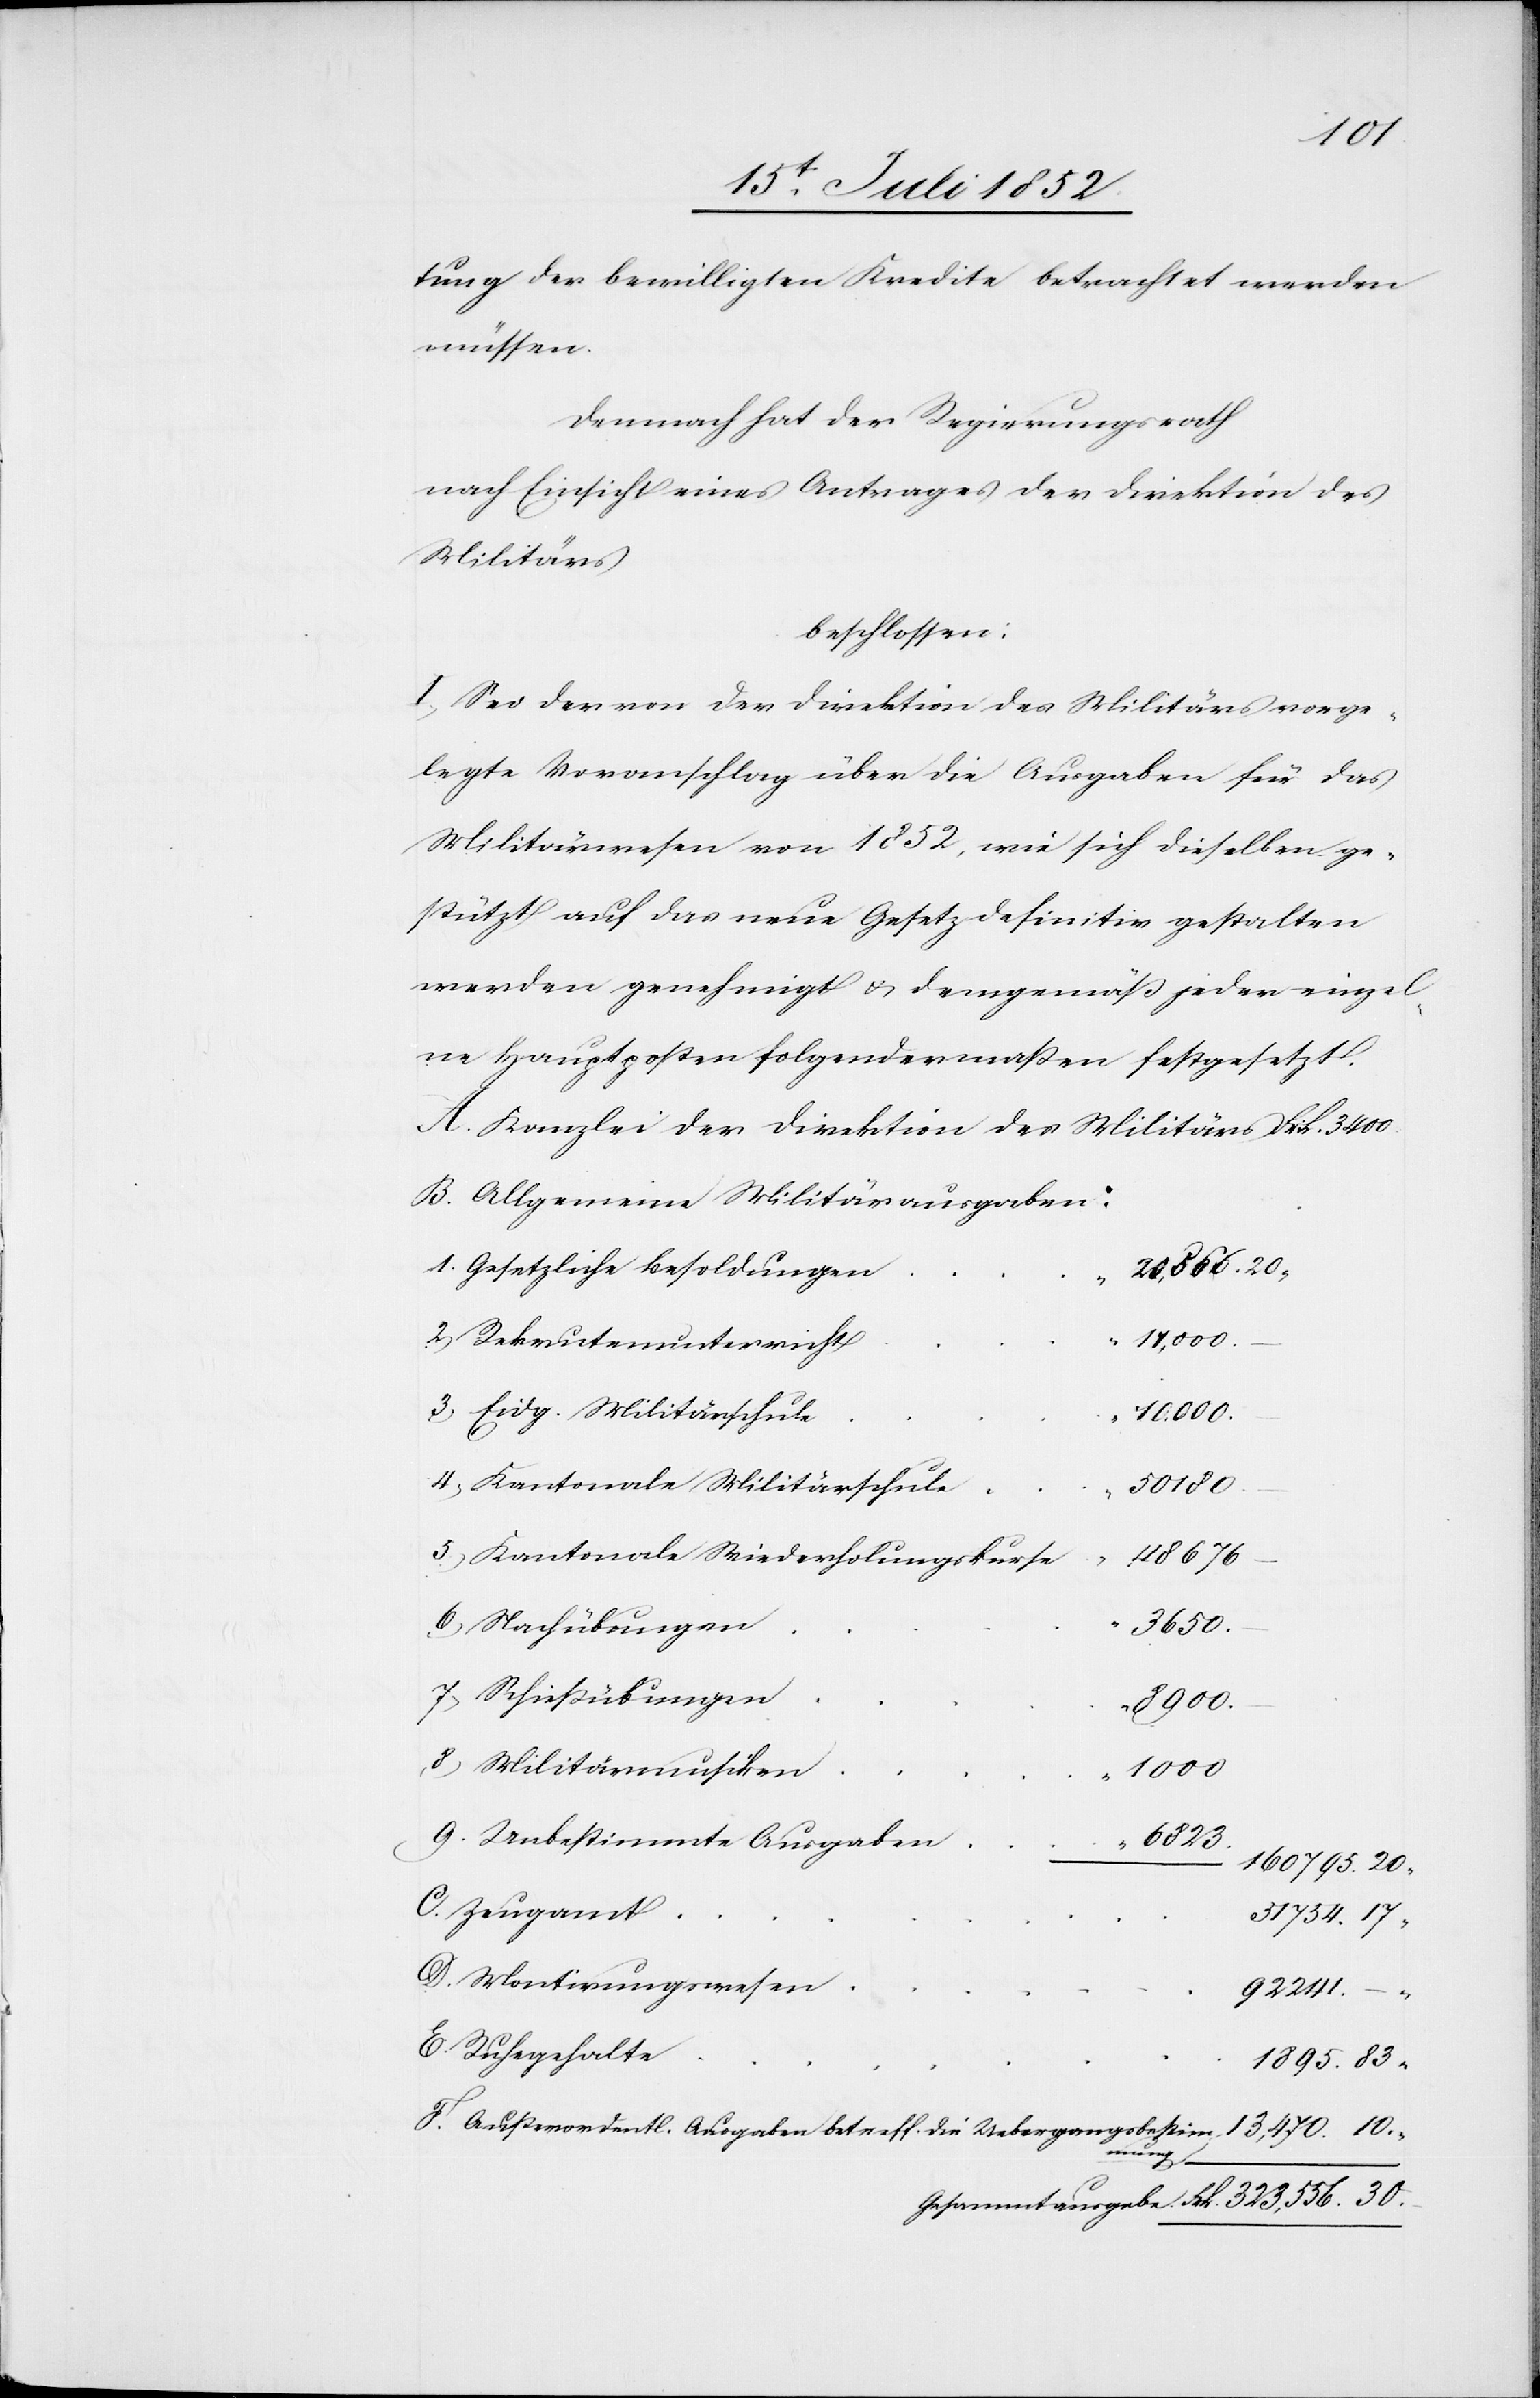
10.
tung der bewilligten Kredite betrachtet werden
müssen.
Demnach hat der Regierungsrath
nach Einsicht eines Antrages der Direktion des
Militärs
beschlossen:
I, Sei der von der Direktion des Militärs vorge¬
legte Voranschlag über die Ausgaben für das
Militärwesen von 1852, wie sich dieselben ge¬
stützt auf das neue Gesetz definitiv gestalten
werden genehmigt & demgemäß jeder einzel¬
ne Hauptposten folgendermaßen festgesetzt.
Allgemeine Militärausgaben:
Gesetzliche Besoldungen
323,556. 30.
Rekrutenunterricht
11,000.
Eidg. Militärschule
10,000.
Kantonale Militärschule
50 180.
5)
Kantonale Wiederholungskurse
48 676
Nachübungen
13,470.
Schießübungen
8900.
Militärmusiken
1000
Unbestimmte Ausgaben
6823.
160 795. 20
Zeugamt
51 754. 17
Montirungswesen
92 241.
Ruhegehalte
1895. 83
Außerordentl. Ausgaben betreff. die Uebergangsbestimm¬
ung[en]